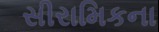
સીરામિકના